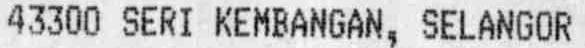
43300 SERI KEMBANGAN, SELANGOR